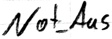
Text: Not_Aus